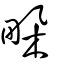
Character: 𤱧